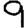
Digit: 9